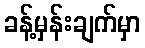
ခန့်မှန်းချက်မှာ